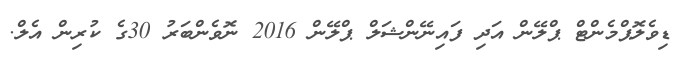
ޑިވެލޮޕްމެންޓް ޕްލޭން އަދި ފައިނޭންޝަލް ޕްލޭން 2016 ނޮވެންބަރު 30ގެ ކުރިން އެލް.